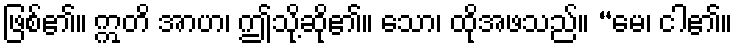
ဖြစ်၏။ ဣတိ အာဟ၊ ဤသို့ဆို၏။ သော၊ ထိုအဖသည်။ “မေ၊ ငါ၏။